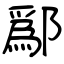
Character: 鄬